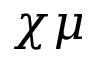
\chi \mu